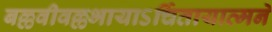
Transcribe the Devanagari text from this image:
बल्लवीवल्लभायाऽर्चितायात्मने